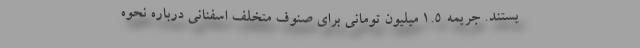
یستند. جریمه 1.5 میلیون تومانی برای صنوف متخلف اسفنانی درباره نحوه